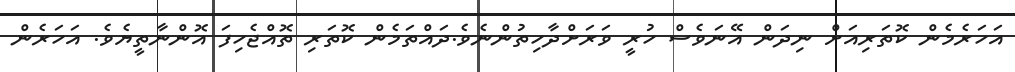
އަހަރެމެން ކޮތަރިއަށް ނިދަން އޭނަވެސް ހުރީ ވަރަށްދާހިތުންނެވެ.ދައްތަމެން ކޮތަރި ތޮއްޖެހިފަ އޮންނާތީޔެވެ. އަހަރެން